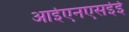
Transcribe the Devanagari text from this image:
आईएनएसईई